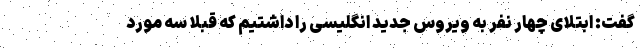
گفت: ابتلای چهار نفر به ویروس جدید انگلیسی را داشتیم که قبلا سه مورد